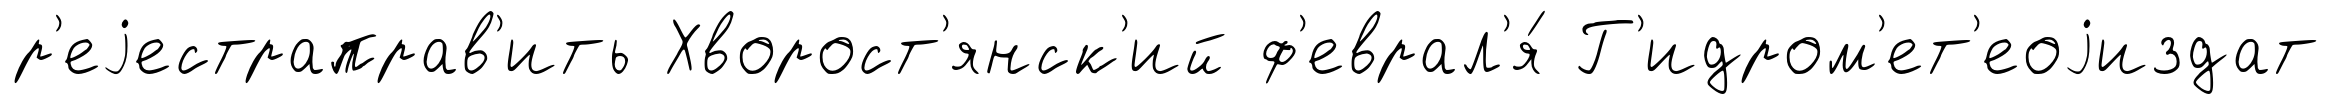
р'еjестраправ'ить Хворост'янск'ий ф'еврал'я́ Г'идром'ет'еоjиздат